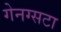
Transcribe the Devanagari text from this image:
गेनग्सटा